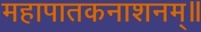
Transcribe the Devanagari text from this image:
महापातकनाशनम्‌॥